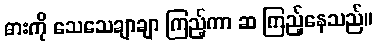
ဓားကို သေသေချာချာ ကြည့်ကာ ဆ ကြည့်နေသည်။